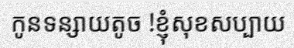
កូនទន្សាយតូច !ខ្ញុំសុខសប្បាយ